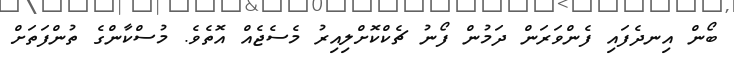
ބޯން އިނދެފައި ފެންވަރަން ދަމުން ފޯނު ޗެކްކޮށްލިއިރު މެސެޖެއް އޮތެވެ. މުސްކާންގެ ތުންފަތަށް